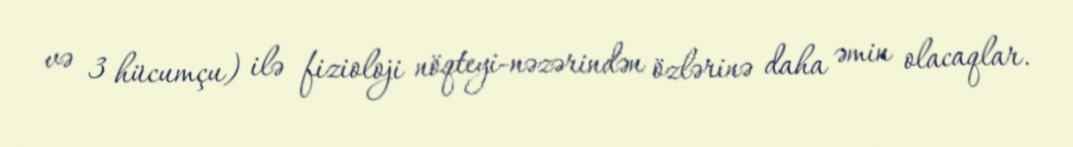
və 3 hücumçu) ilə fizioloji nöqteyi-nəzərindən özlərinə daha əmin olacaqlar.